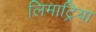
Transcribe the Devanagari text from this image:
लिमाट्रिया